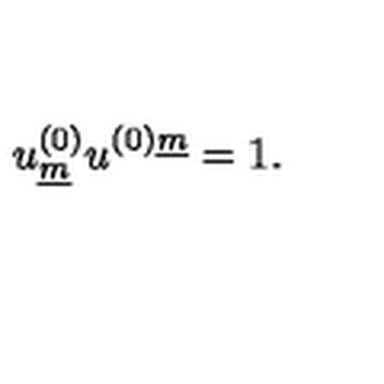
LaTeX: u _ { \underline { { m } } } ^ { ( 0 ) } u ^ { ( 0 ) \underline { { m } } } = 1 .